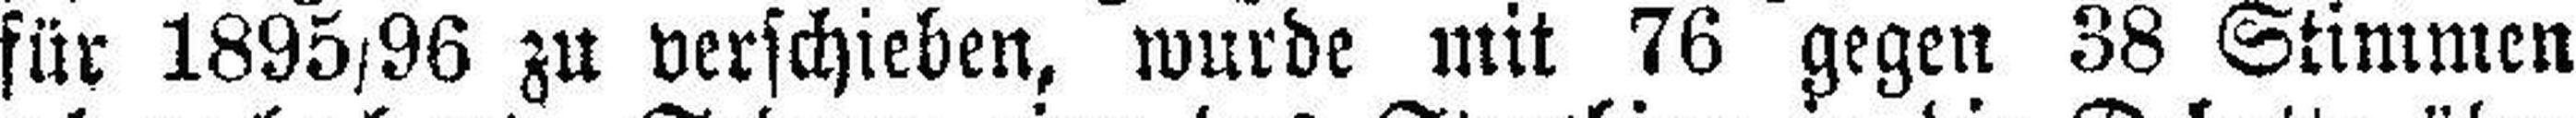
für 1895/96 zu verschieben, wurde mit 76 gegen 38 Stimmen